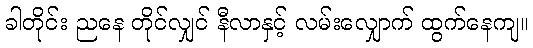
ခါတိုင်း ညနေ တိုင်လျှင် နီလာနှင့် လမ်းလျှောက် ထွက်နေကျ။